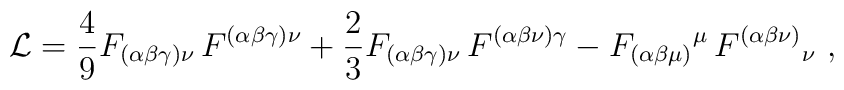
\mathcal{L}=\frac{4}{9}F_{(\alpha \beta \gamma )\nu }\,F^{(\alpha \beta\gamma )\nu }+\frac{2}{3}F_{(\alpha \beta \gamma )\nu }\,F^{(\alpha \beta\nu )\gamma }-F_{(\alpha \beta \mu )}{}^{\mu }\,F^{(\alpha \beta \nu)}{}_{\nu }\ ,